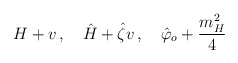
\begin{align*}H+ v\, , \quad \hat H + \hat \zeta v\, , \quad \hat \varphi_o + {m_H^2 \over 4 }\end{align*}